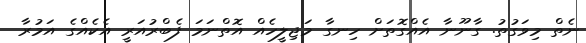
ނެތް މިވަގުތު. ގާނޫނާ އެއްގޮތަށް ހިނގާ މަޖިލީހެއް އޮތްނަމަ ފެބްރުއަރީ އެކެއްގެ އަމުރާ